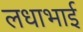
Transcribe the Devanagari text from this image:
लधाभाई